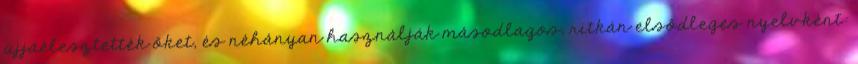
újjáélesztették őket, és néhányan használják másodlagos, ritkán elsődleges nyelvként: